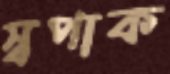
স্বপাক